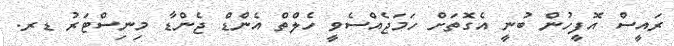
ރައީސް އޮފީހުން ބުނީ އެގޮތަށް ހަމަޖެއްސެވީ ހެލްތް އެންޑް ޖެންޑާ މިނިސްޓަރު ޑރ.